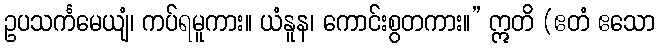
ဥပသင်္ကမေယျံ၊ ကပ်ရမူကား။ ယံနူန၊ ကောင်းစွတကား။” ဣတိ (ဧတံ ဧသော